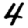
Digit: 4